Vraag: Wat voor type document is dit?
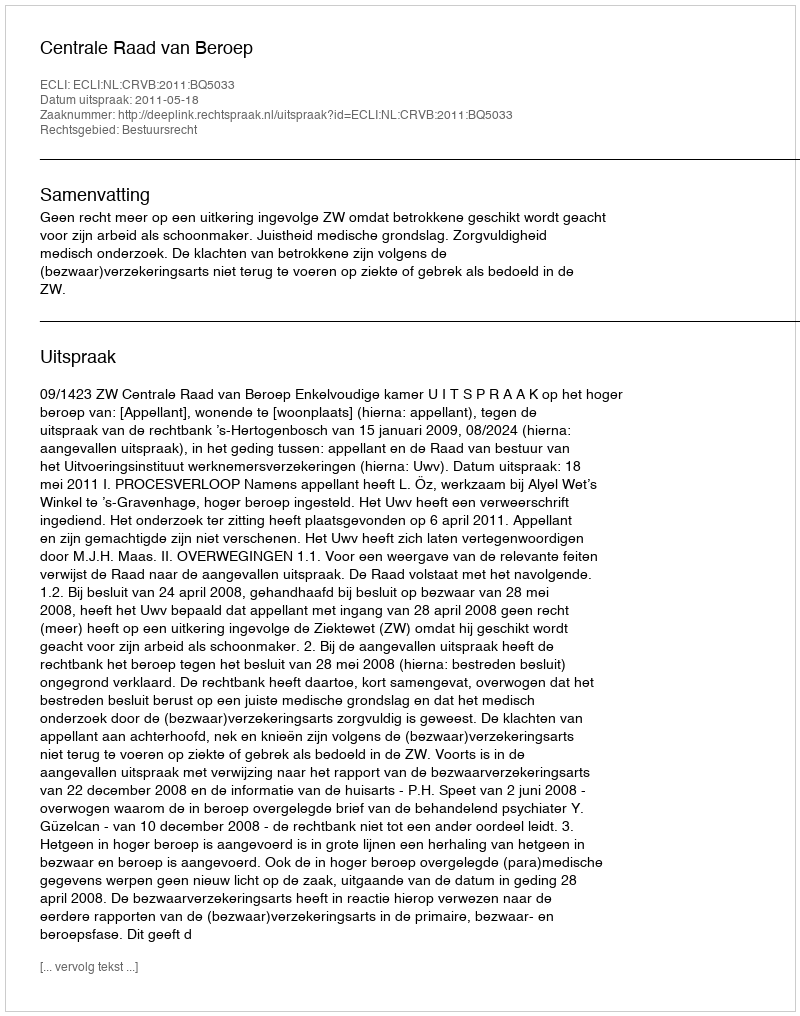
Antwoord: Uitspraak